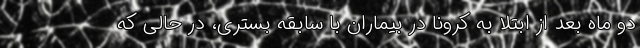
دو ماه بعد از ابتلا به کرونا در بیماران با سابقه بستری، در حالی که